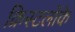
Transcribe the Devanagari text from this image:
क्रिस्टलोंके